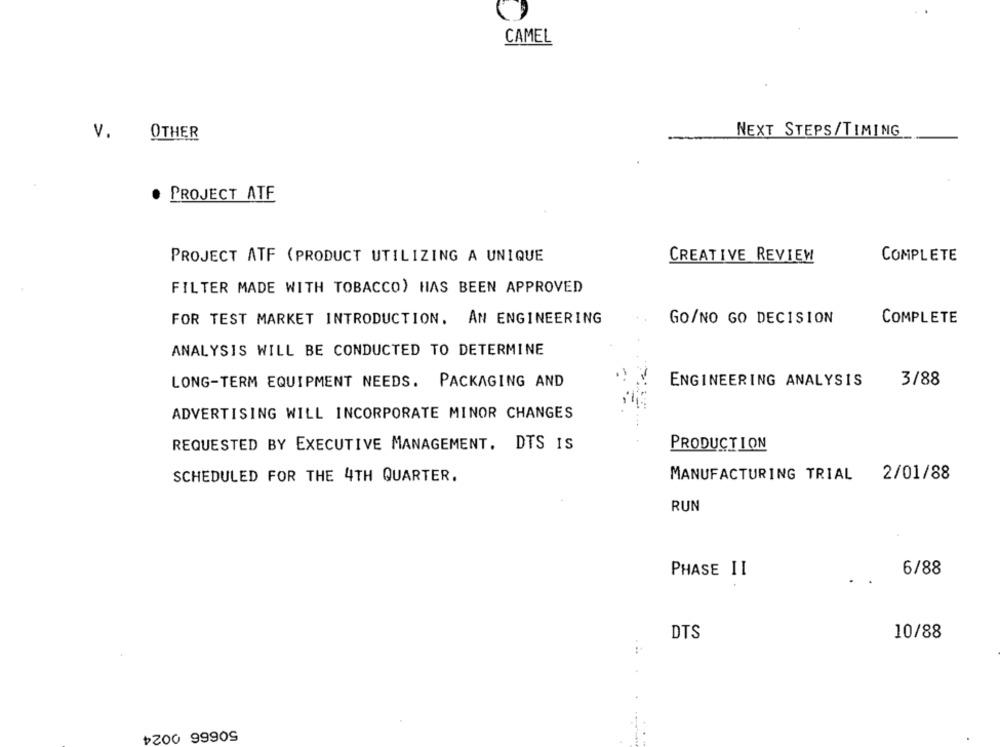
CAMEL
V.
OTHER
NEXT STEPS/TIMING
· PROJECT ATE
PROJECT ATF (PRODUCT UTILIZING A UNIQUE
CREATIVE REVIEW
COMPLETE
FILTER MADE WITH TOBACCO) HAS BEEN APPROVED
FOR TEST MARKET INTRODUCTION. AN ENGINEERING
GO/NO GO DECISION
COMPLETE
ANALYSIS WILL BE CONDUCTED TO DETERMINE
3/88
LONG-TERM EQUIPMENT NEEDS. PACKAGING AND
ENGINEERING ANALYSIS
ADVERTISING WILL INCORPORATE MINOR CHANGES
REQUESTED BY EXECUTIVE MANAGEMENT. DTS IS
PRODUCTION
SCHEDULED FOR THE 4TH QUARTER.
MANUFACTURING TRIAL
2/01/88
RUN
PHASE II
6/88
DTS
10/88
. ..
৳200 99909
-